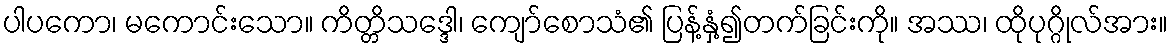
ပါပကော၊ မကောင်းသော။ ကိတ္တိသဒ္ဒေါ၊ ကျော်စောသံ၏ ပြန့်နှံ့၍တက်ခြင်းကို။ အဿ၊ ထိုပုဂ္ဂိုလ်အား။